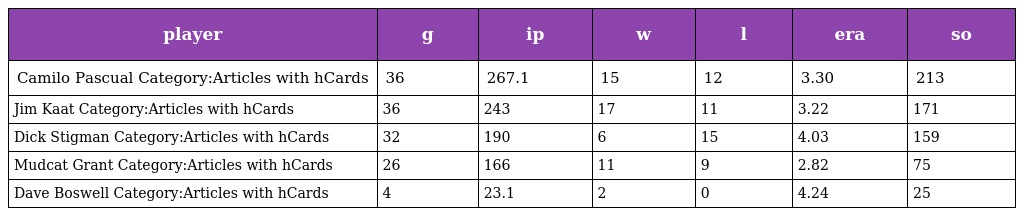
| player | g | ip | w | l | era | so |
 | --- | --- | --- | --- | --- | --- | --- |
 | Camilo Pascual Category:Articles with hCards | 36 | 267.1 | 15 | 12 | 3.30 | 213 |
 | Jim Kaat Category:Articles with hCards | 36 | 243 | 17 | 11 | 3.22 | 171 |
 | Dick Stigman Category:Articles with hCards | 32 | 190 | 6 | 15 | 4.03 | 159 |
 | Mudcat Grant Category:Articles with hCards | 26 | 166 | 11 | 9 | 2.82 | 75 |
 | Dave Boswell Category:Articles with hCards | 4 | 23.1 | 2 | 0 | 4.24 | 25 |